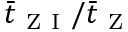
\bar { t } _ { \mathrm { ~ Z ~ I ~ } } / \bar { t } _ { \mathrm { ~ Z ~ } }